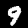
Digit: 9